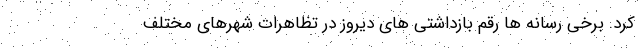
کرد. برخی رسانه ها رقم بازداشتی های دیروز در تظاهرات شهرهای مختلف